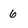
Character: 6